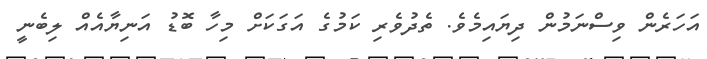
އަހަރެން ވިސްނަމުން ދިޔައިމެވެ. ތެދުވެރި ކަމުގެ އަގަކަށް މިހާ ބޮޑު އަނިޔާއެއް ލިބެނީ